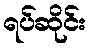
ရပ်ဆိုင်း